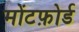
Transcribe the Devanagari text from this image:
मोंटफ़ोर्ड